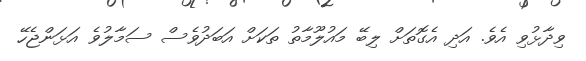
ވިދާޅުވި އެވެ. އަދި އެގޮތަށް ލިބޭ މައުލޫމާތު ތަކަށް އަބަދުވެސް ސަމާލުވެ އަޅަންޖެހޭ